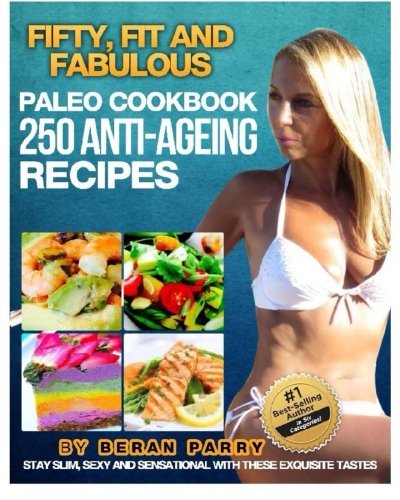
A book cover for The FIFTY, FIT AND FABULOUS : PALEO COOKBOOK: 250 Anti-Aging Recipes; Beran Parry; Health, Fitness & Dieting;